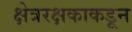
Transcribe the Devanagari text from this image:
क्षेत्ररक्षकाकडून